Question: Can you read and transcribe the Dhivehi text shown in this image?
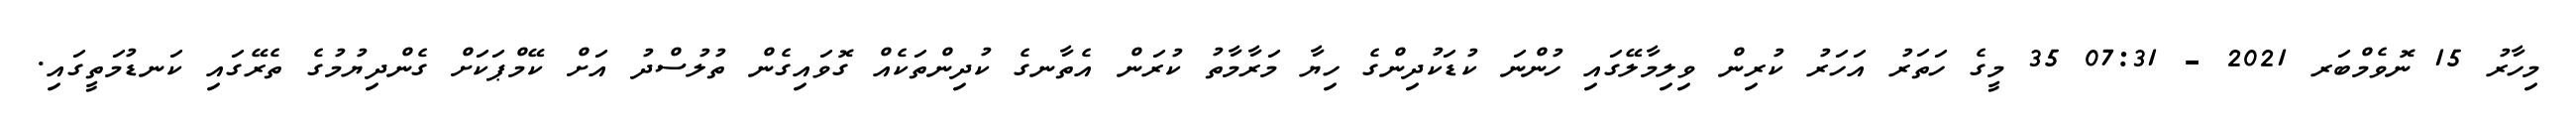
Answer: މިހާރު 15 ނޮވެމްބަރ 2021 - 07:31 35 މީގެ ހަތަރު އަހަރު ކުރިން ވިލިމާލޭގައި ހުންނަ ކުޑަކުދިންގެ ހިޔާ މަރާމާތު ކުރަން އެތާނގެ ކުދިންތަކެއް ގޮވައިގެން ތުލުސްދު އަށް ކޭމްޕަކަށް ގެންދިޔުމުގެ ތެރޭގައި ކަނޑުމަތީގައި.